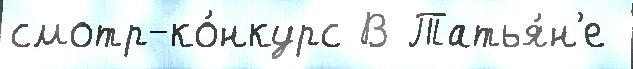
смотр-ко́нкурс В Татья́н'е